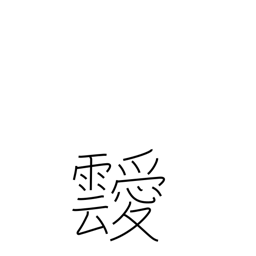
Meaning: clouds